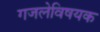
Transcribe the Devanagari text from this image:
गजलेविषयक